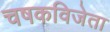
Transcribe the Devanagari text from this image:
चषकविजेता